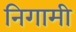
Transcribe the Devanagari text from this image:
निगामी